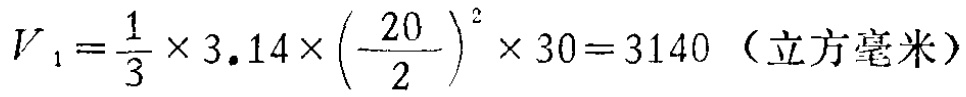
\(V_{1}=\frac{1}{3} \times 3.14\times\left(\frac{20}{2}\right)^{2} \times 30 = 3140\)（立方毫米）